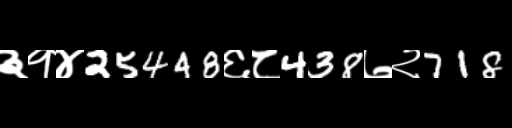
Text: ३१४25448६८438७२718